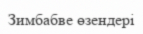
Зимбабве өзендері